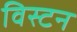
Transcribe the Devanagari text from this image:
विस्टन